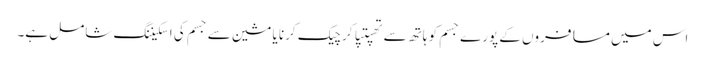
اس میں مسافروں کے پورے جسم کو ہاتھ سے تھپتپا کر چیک کرنا یا مشین سے جسم کی اسکیننگ شامل ہے۔